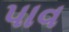
પાવ